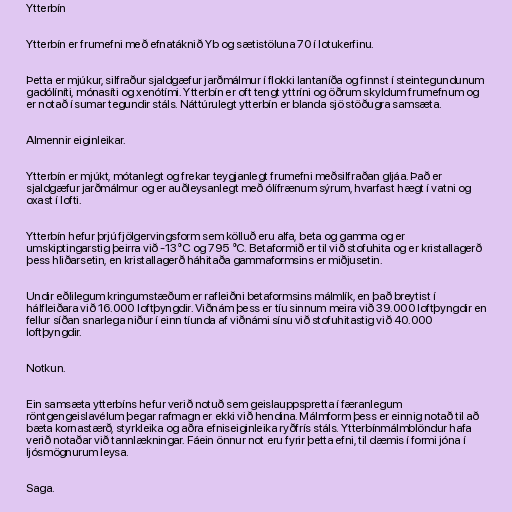
Ytterbín

Ytterbín er frumefni með efnatáknið Yb og sætistöluna 70 í lotukerfinu.

Þetta er mjúkur, silfraður sjaldgæfur jarðmálmur í flokki lantaníða og finnst í steintegundunum
gadólíníti, mónasíti og xenótími. Ytterbín er oft tengt yttríni og öðrum skyldum frumefnum og
er notað í sumar tegundir stáls. Náttúrulegt ytterbín er blanda sjö stöðugra samsæta.

Almennir eiginleikar.

Ytterbín er mjúkt, mótanlegt og frekar teygjanlegt frumefni meðsilfraðan gljáa. Það er
sjaldgæfur jarðmálmur og er auðleysanlegt með ólífrænum sýrum, hvarfast hægt í vatni og
oxast í lofti.

Ytterbín hefur þrjú fjölgervingsform sem kölluð eru alfa, beta og gamma og er
umskiptingarstig þeirra við -13°C og 795 °C. Betaformið er til við stofuhita og er kristallagerð
þess hliðarsetin, en kristallagerð háhitaða gammaformsins er miðjusetin.

Undir eðlilegum kringumstæðum er rafleiðni betaformsins málmlík, en það breytist í
hálfleiðara við 16.000 loftþyngdir. Viðnám þess er tíu sinnum meira við 39.000 loftþyngdir en
fellur síðan snarlega niður í einn tíunda af viðnámi sínu við stofuhitastig við 40.000
loftþyngdir.

Notkun.

Ein samsæta ytterbíns hefur verið notuð sem geislauppspretta í færanlegum
röntgengeislavélum þegar rafmagn er ekki við hendina. Málmform þess er einnig notað til að
bæta kornastærð, styrkleika og aðra efniseiginleika ryðfrís stáls. Ytterbínmálmblöndur hafa
verið notaðar við tannlækningar. Fáein önnur not eru fyrir þetta efni, til dæmis í formi jóna í
ljósmögnurum leysa.

Saga.